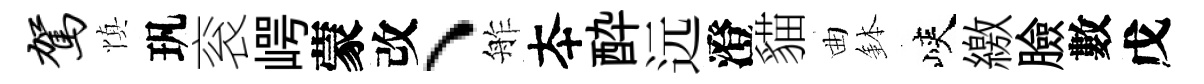
驾慎㺬衮崿蒙改、舴夲酔远澄貓曲鉢峽繳臉數戊